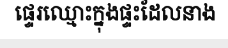
ផ្ទេរឈ្មោះក្នុងផ្ទះដែលនាង